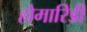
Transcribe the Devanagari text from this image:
होमारिडी